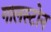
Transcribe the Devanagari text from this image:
गालस्टोन